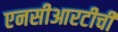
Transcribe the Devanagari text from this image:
एनसीआरटीची